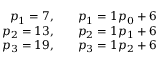
\begin{array} { r l } { p _ { 1 } = 7 , } & { { } { } \quad p _ { 1 } = 1 p _ { 0 } + 6 } \\ { p _ { 2 } = 1 3 , } & { { } { } \quad p _ { 2 } = 1 p _ { 1 } + 6 } \\ { p _ { 3 } = 1 9 , } & { { } { } \quad p _ { 3 } = 1 p _ { 2 } + 6 } \end{array}